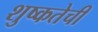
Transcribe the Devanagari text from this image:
शुष्कतेची